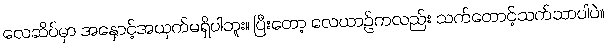
လေဆိပ်မှာ အနှောင့်အယှက်မရှိပါဘူး။ ပြီးတော့ လေယာဉ်ကလည်း သက်တောင့်သက်သာပါပဲ။